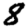
Digit: 8